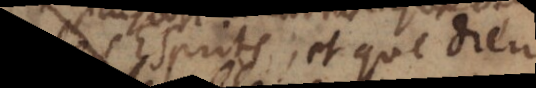
Esprits, et que Dieu